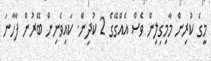
މީގެ ކުރިން މާމިގިލިން ވެސް އެއްގޭގެ 2 ކުދިން. ކައިވެނިން ބޭރުން ފާހާނަ